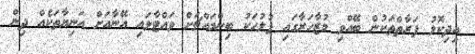
އިދިކޮޅު ފަރާތްތަކުން ބޭއްވި މުޒާހަރާގައި ފުލުހަކު ބިންމައްޗަށް ވައްޓާލައި އޭނާއަށް އަނިޔާތަކެއް ދިން